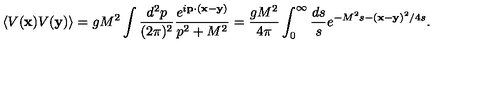
\langle V ( { \bf x } ) V ( { \bf y } ) \rangle = g M ^ { 2 } \int \frac { d ^ { 2 } p } { ( 2 \pi ) ^ { 2 } } \frac { e ^ { i { \bf p } \cdot ( { \bf x } - { \bf y } ) } } { p ^ { 2 } + M ^ { 2 } } = \frac { g M ^ { 2 } } { 4 \pi } \int _ { 0 } ^ { \infty } \frac { d s } { s } e ^ { - M ^ { 2 } s - ( { \bf x } - { \bf y } ) ^ { 2 } / 4 s } .